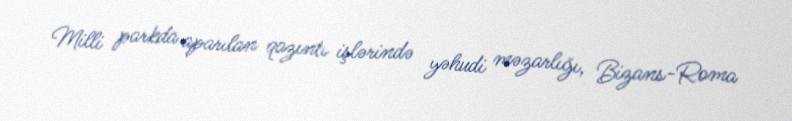
Milli parkda aparılan qazıntı işlərində yəhudi məzarlığı, Bizans-Roma